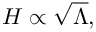
H \propto { \sqrt { \Lambda } } ,